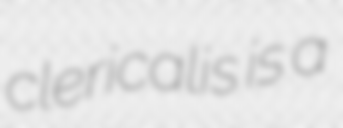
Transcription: clericalis is a